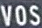
vos